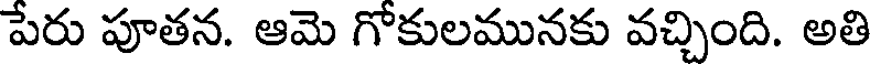
పేరు పూతన. ఆమె గోకులమునకు వచ్చింది. అతి